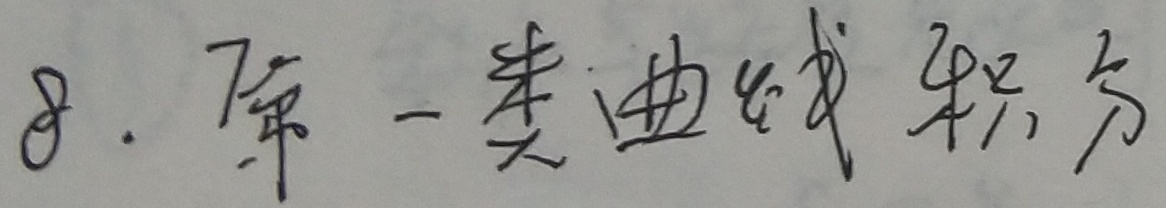
8. 第一类曲线积分